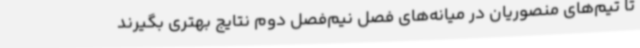
تا تیم‌های منصوریان در میانه‌های فصل نیم‌فصل دوم نتایج بهتری بگیرند